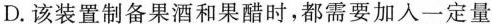
D.该装置制备果酒和果醋时，都需要加入一定量